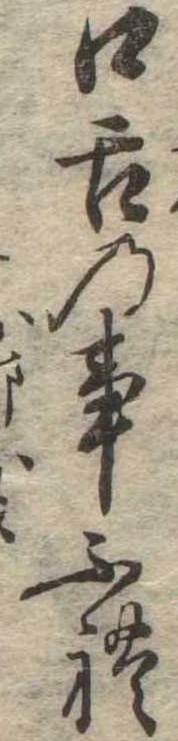
口舌の事ふれ